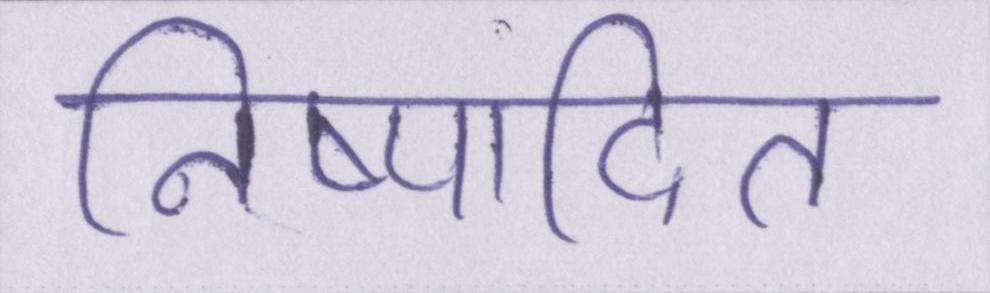
निष्पादित